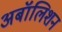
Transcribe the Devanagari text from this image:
अबॉलिशन